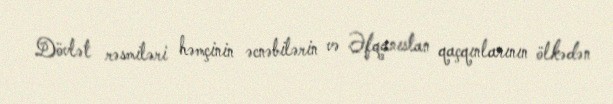
Dövlət rəsmiləri həmçinin əcnəbilərin və Əfqanıstan qaçqınlarının ölkədən